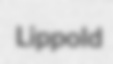
Lippold